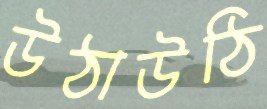
উঠাউঠি